Vaccination in the Punjab 1867-1880 - 1867-1880
Year: 1867
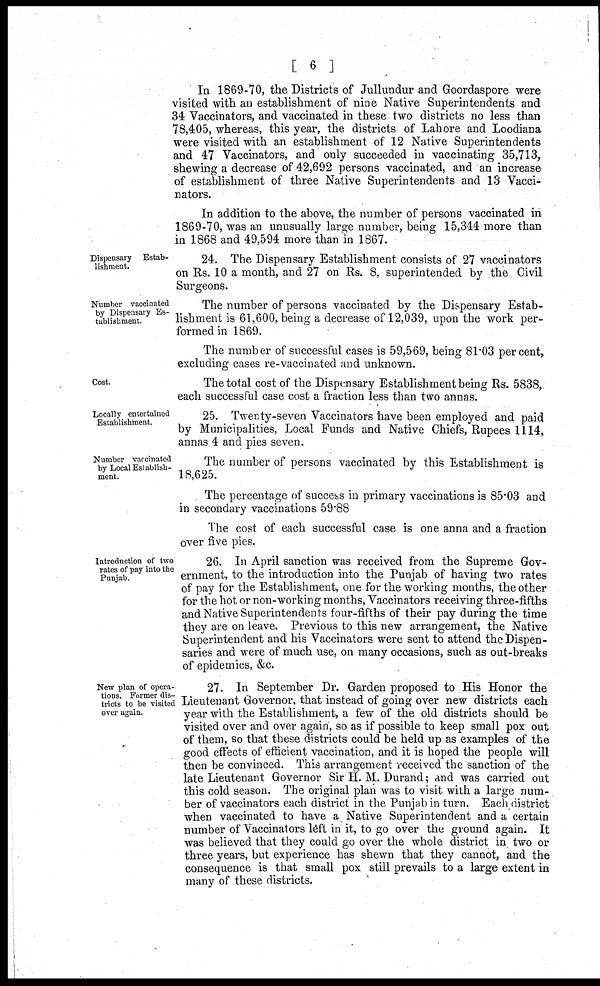
[ 6 ]
In 1869-70, the Districts of Jullundur and Goordaspore were
visited with an establishment of nine Native Superintendents and
34 Vaccinators, and vaccinated in these two districts no less than
78,405, whereas, this year, the districts of Lahore and Loodiana
were visited with an establishment of 12 Native Superintendents-
and 47 Vaccinators, and only succeeded in vaccinating 35,713,
shewing a decrease of 42,692 persons vaccinated, and an increase
of establishment of three Native Superintendents and 13 Vacci-
nators.
In addition to the above, the number of persons vaccinated in
1869-70, was an unusually large number, being 15,344 more than
in 1868 and 49,594 more than in 1867.
Dispensary Estab-
lishment.
24. The Dispensary Establishment consists of 27 vaccinators
on Rs. 10 a month, and 27 on Rs. 8, superintended by the Civil
Surgeons.
Number vaccinated
by Dispensary Es-
tablishment.
The number of persons vaccinated by the Dispensary Estab-
lishment is 61,600, being a decrease of 12,039, upon the work per-
formed in 1869.
The number of successful cases is 59,569, being 81.03 per cent.
excluding cases re-vaccinated and unknown.
Cost.
The total cost of the Dispensary Establishment being Rs. 5838,
each successful case cost a fraction less than two annas.
Locally entertained
Establishment.
25. Twenty-seven Vaccinators have been employed and paid
by Municipalities, Local Funds and Native Chiefs, Rupees 1114,
annas 4 and pies seven.
Number vaccinated
by Local Establish-
ment.
The number of persons vaccinated by this Establishment is
18,625.
The percentage of success in primary vaccinations is 85.03 and
in secondary vaccinations 59.88
The cost of each successful case is one anna and a fraction
over five pies.
Introduction of two
rates of pay into the
Punjab.
26. In April sanction was received from the Supreme Gov-
ernment, to the introduction into the Punjab of having two rates
of pay for the Establishment, one for the working months, the other
for the hot or non-working months, Vaccinators receiving three-fifths
and Native Superintendents four-fifths of their pay during the time
they are on leave. Previous to this new arrangement, the Native
Superintendent and his Vaccinators were sent to attend the Dispen-
saries and were of much use, on many occasions, such as out-breaks
of epidemics, &c.
New plan of opera-
tions. Former dis-
tricts to be visited
over again.
27. In September Dr. Garden proposed to His Honor the
Lieutenant Governor, that instead of going over new districts each
year with the Establishment, a few of the old districts should be
visited over and over again, so as if possible to keep small pox out
of them, so that these districts could be held up as examples of the
good effects of efficient vaccination, and it is hoped the people will
then be convinced. This arrangement received the sanction of the
late Lieutenant Governor Sir H. M. Durand; and was carried out
this cold season. The original plan was to visit with a large num-
ber of vaccinators each district in the Punjab in turn. Each district
when vaccinated to have a Native Superintendent and a certain
number of Vaccinators left in it, to go over the ground again. It
was believed that they could go over the whole district in two or
three years, but experience has shewn that they cannot, and the
consequence is that small pox still prevails to a large extent in
many of these districts.